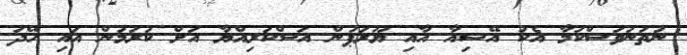
ނުތަނަވަސްކަމާ އެކު އޭޝިއާ އާއި ޔޫރަޕުން އަސްކަރިއްޔާ އަށް ކުރަމުން އައި ހޭދަ